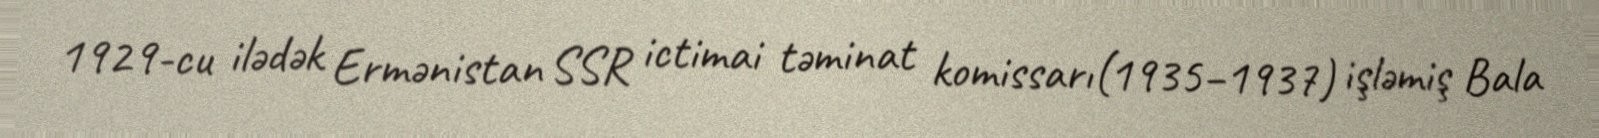
1929-cu ilədək Ermənistan SSR ictimai təminat komissarı(1935–1937) işləmiş Bala